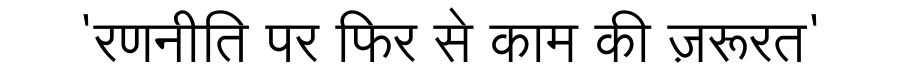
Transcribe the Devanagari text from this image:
'रणनीति पर फिर से काम की ज़रूरत'